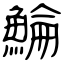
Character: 鯩